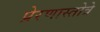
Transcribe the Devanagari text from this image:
प्रेरणास्तोत्रे